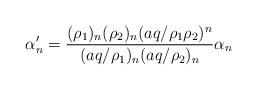
LaTeX: \begin{align*} \alpha'_n = \frac{(\rho_1)_n(\rho_2)_n(aq/\rho_1 \rho_2)^n}{(aq/\rho_1)_n(aq/\rho_2)_n}\alpha_n\end{align*}